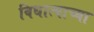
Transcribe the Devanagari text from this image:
विधात्याच्या